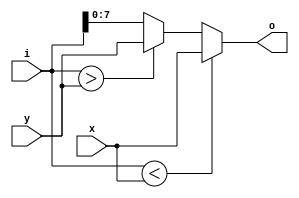
//----------------------------------------------------------------------------
//                                                                 
//  COPYRIGHT (C) 2011, VIPcore Group, Fudan University
//                                                                  
//  THIS FILE MAY NOT BE MODIFIED OR REDISTRIBUTED WITHOUT THE      
//  EXPRESSED WRITTEN CONSENT OF VIPcore Group
//                                                                  
//  VIPcore       : http://soc.fudan.edu.cn/vip    
//  IP Owner 	  : Yibo FAN
//  Contact       : fanyibo@fudan.edu.cn             
//----------------------------------------------------------------------------
// Description    : return [x  i  y]      
//----------------------------------------------------------------------------
module db_clip3_str(o,x,y,i);
//---------------------------------------------------------------------------
//
//                        INPUT/OUTPUT DECLARATION 
//
//----------------------------------------------------------------------------
input  [7:0] x,y;
input  [8:0] i  ;
output wire [7:0] o;

assign o = (i<x) ? x : ((i>y) ? y : i[7:0]);

endmodule